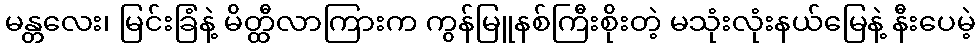
မန္တလေး၊ မြင်းခြံနဲ့ မိတ္ထီလာကြားက ကွန်မြူနစ်ကြီးစိုးတဲ့ မသုံးလုံးနယ်မြေနဲ့ နီးပေမဲ့